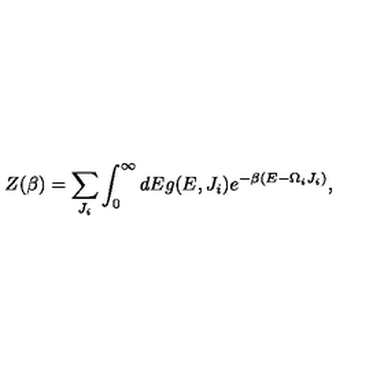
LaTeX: Z ( \beta ) = \sum _ { J _ { i } } \int _ { 0 } ^ { \infty } d E g ( E , J _ { i } ) e ^ { - \beta ( E - \Omega _ { i } J _ { i } ) } ,